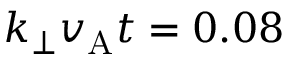
k _ { \perp } v _ { \mathrm { A } } t = 0 . 0 8